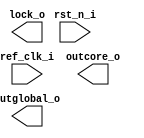
/*******************************************************************************
    Verilog netlist generated by IPGEN Lattice Radiant Software (64-bit)
    2.1.0.27.2
    Soft IP Version: 1.0.1
    Thu Oct 29 08:24:10 2020
*******************************************************************************/
/*******************************************************************************
    Wrapper Module generated per user settings.
*******************************************************************************/
module pll12to48 (ref_clk_i, rst_n_i, lock_o, outcore_o, outglobal_o)/* synthesis syn_black_box syn_declare_black_box=1 */;
    input  ref_clk_i;
    input  rst_n_i;
    output  lock_o;
    output  outcore_o;
    output  outglobal_o;
endmodule